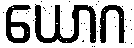
ယောဂ